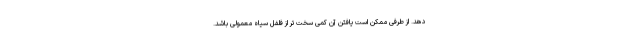
دهد. از طرفی ممکن است یافتن آن کمی سخت تر از فلفل سیاه معمولی باشد.